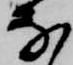
な